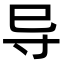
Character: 导